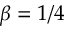
\beta = 1 / 4